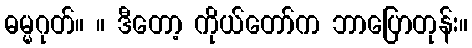
ဓမ္မဂုတ်။ ။ ဒီတော့ ကိုယ်တော်က ဘာပြောတုန်း။